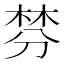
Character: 棼